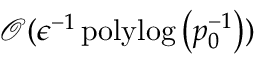
\mathcal { O } ( \epsilon ^ { - 1 } \operatorname { p o l y l o g } \left( p _ { 0 } ^ { - 1 } \right) )